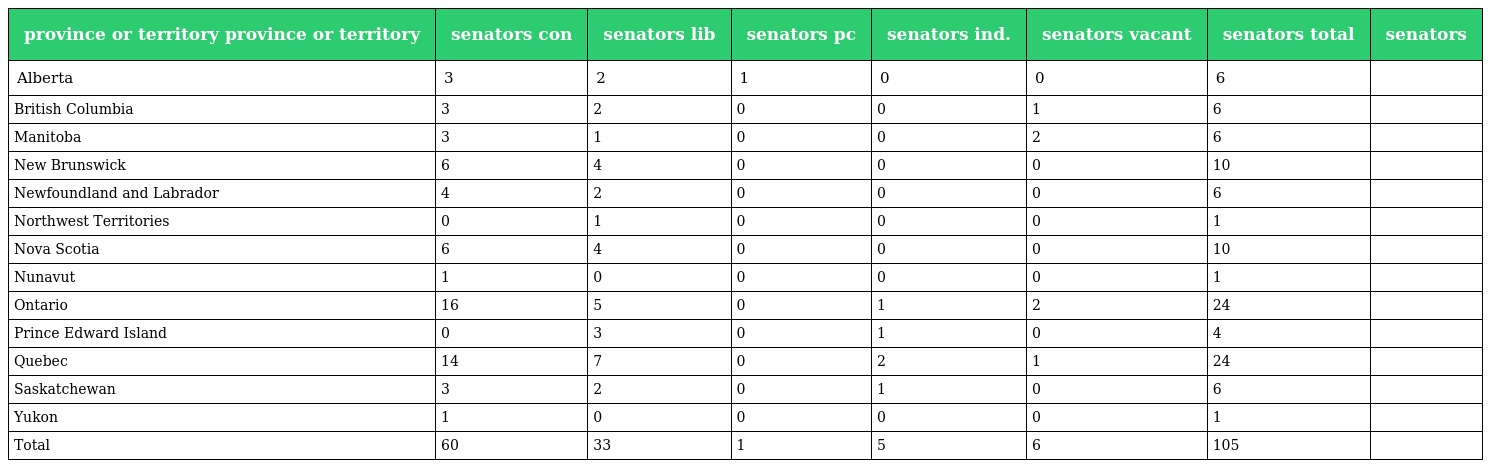
| province or territory province or territory | senators con | senators lib | senators pc | senators ind. | senators vacant | senators total | senators |
 | --- | --- | --- | --- | --- | --- | --- | --- |
 | Alberta | 3 | 2 | 1 | 0 | 0 | 6 |  |
 | British Columbia | 3 | 2 | 0 | 0 | 1 | 6 |  |
 | Manitoba | 3 | 1 | 0 | 0 | 2 | 6 |  |
 | New Brunswick | 6 | 4 | 0 | 0 | 0 | 10 |  |
 | Newfoundland and Labrador | 4 | 2 | 0 | 0 | 0 | 6 |  |
 | Northwest Territories | 0 | 1 | 0 | 0 | 0 | 1 |  |
 | Nova Scotia | 6 | 4 | 0 | 0 | 0 | 10 |  |
 | Nunavut | 1 | 0 | 0 | 0 | 0 | 1 |  |
 | Ontario | 16 | 5 | 0 | 1 | 2 | 24 |  |
 | Prince Edward Island | 0 | 3 | 0 | 1 | 0 | 4 |  |
 | Quebec | 14 | 7 | 0 | 2 | 1 | 24 |  |
 | Saskatchewan | 3 | 2 | 0 | 1 | 0 | 6 |  |
 | Yukon | 1 | 0 | 0 | 0 | 0 | 1 |  |
 | Total | 60 | 33 | 1 | 5 | 6 | 105 |  |